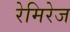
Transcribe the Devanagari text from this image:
रेमिरेज